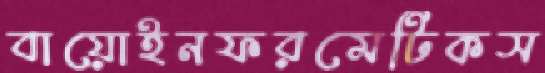
বায়োইনফরমেটিকস